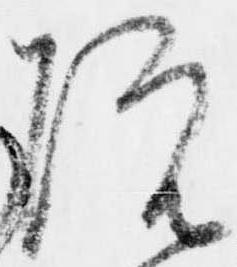
院